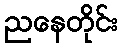
ညနေတိုင်း